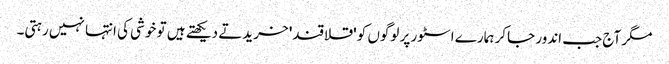
مگر آج جب اندور جاکر ہمارے اسٹور پر لوگوں کو 'قلاقند' خریدتے دیکھتے ہیں تو خوشی کی انتہا نہیں رہتی۔